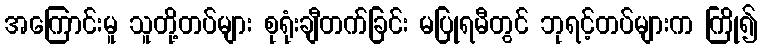
အကြောင်းမူ သူတို့တပ်များ စုရုံးချီတက်ခြင်း မပြုရမီတွင် ဘုရင့်တပ်များက ကြို၍